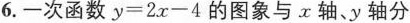
6.-次函数$$y = 2 x - 4$$的图象与x轴、y轴分